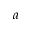
a